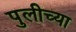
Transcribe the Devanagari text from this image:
पुलीच्या